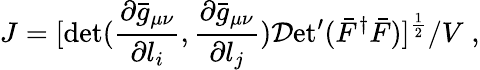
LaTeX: J=[\operatorname*{det}({\frac{\partial\bar{g}_{\mu\nu}}{\partial l_{i}}},{\frac{\partial\bar{g}_{\mu\nu}}{\partial l_{j}}}){\cal D}\mathrm{et}^{\prime}(\bar{F}^{\dagger}\bar{F})]^{\frac{1}{2}}/V\; ,